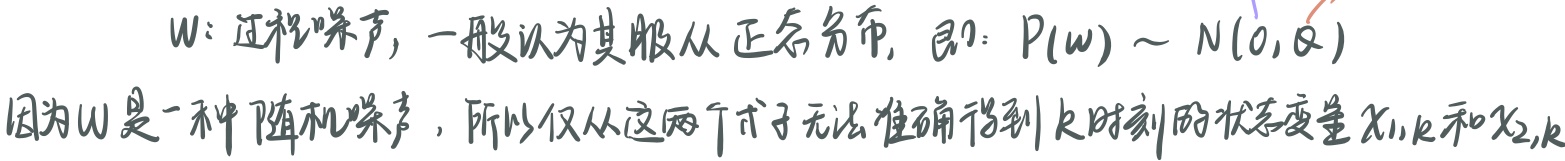
$W$表示过程噪声，一般认为其服从正态分布，即：$P(w)\sim N(0,Q)$。因为$W$是一种随机噪声，所以仅从这两个式子无法准确得到$k$时刻的状态变量$x_{1,k}$和$x_{2,k}$。